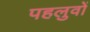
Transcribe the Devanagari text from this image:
पहलुवों